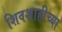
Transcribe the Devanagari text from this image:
शिवशाहीच्या